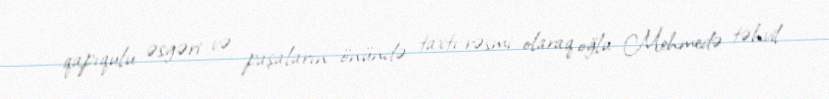
qapıqulu əsgəri və paşaların önündə taxtı rəsmi olaraq oğlu Mehmedə təhvil